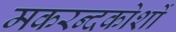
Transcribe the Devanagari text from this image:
मकरन्दकोशों